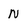
Character: N